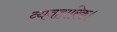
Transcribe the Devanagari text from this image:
व्यवहारिक।